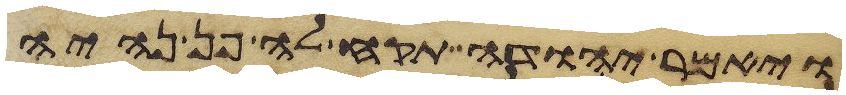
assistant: ויאמר יהודה תקח לה פן נהיה